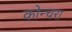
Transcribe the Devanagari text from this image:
कोन्चरा